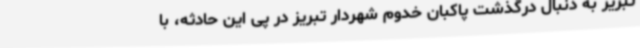
تبریز به دنبال درگذشت پاکبان خدوم شهردار تبریز در پی این حادثه، با